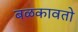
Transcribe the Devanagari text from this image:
बळकावतो